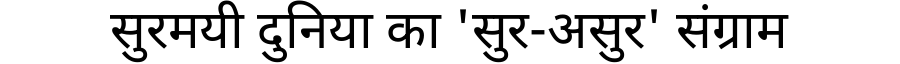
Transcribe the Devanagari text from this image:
सुरमयी दुनिया का 'सुर-असुर' संग्राम